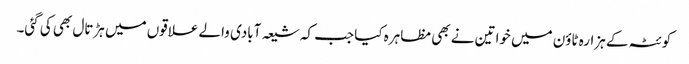
کوئٹہ کے ہزارہ ٹاؤن میں خواتین نے بھی مظاہرہ کیا جب کہ شیعہ آبادی والے علاقوں میں ہڑتال بھی کی گئی۔